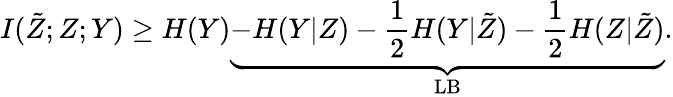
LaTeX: I(\tilde{Z};Z;Y)\ge H(Y)\underbrace{-H(Y\vert Z)-\frac{1}{2}H(Y\vert\tilde{Z})-\frac{1}{2}H(Z\vert\tilde{Z})}_{\mathrm{LB}}.